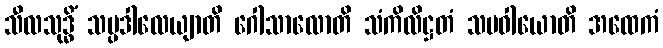
သီလသုဒ္ဓိံ သမ္ပဒါလေယျာတိ ဂေါသာလောတိ သံကိလိဋ္ဌတံ သမဝါယောတိ အထေကံ